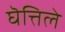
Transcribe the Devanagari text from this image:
घॆत्तिले